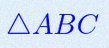
\triangle ABC